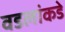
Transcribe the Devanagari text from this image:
वडलांकडे